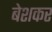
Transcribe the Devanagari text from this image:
बेशकर